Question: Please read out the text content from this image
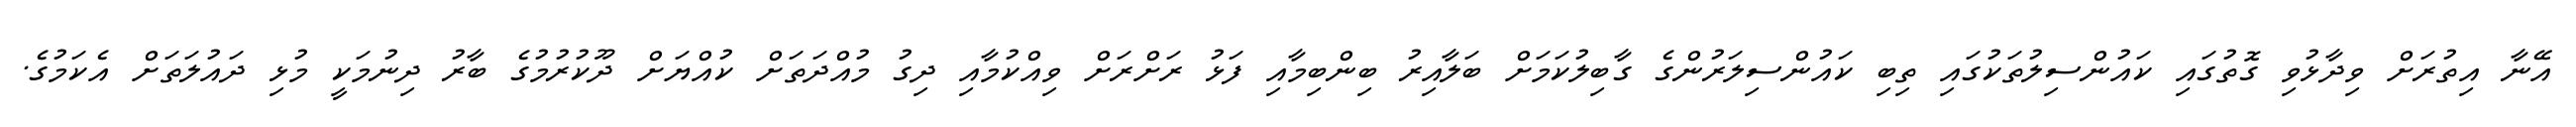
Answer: އޭނާ އިތުރަށް ވިދާޅުވި ގޮތުގައި ކައުންސިލުތަކުގައި ތިބި ކައުންސިލަރުންގެ ގާބިލުކަމަށް ބަލާއިރު ބިންބިމާއި ފަޅު ރަށްރަށް ވިއްކުމާއި ދިގު މުއްދަތަށް ކުއްޔަށް ދޫކުރުމުގެ ބާރު ދިނުމަކީ މުޅި ދައުލަތަށް އެކަމުގެ.